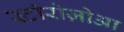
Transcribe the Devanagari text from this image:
स्टॉरोज़ोआ